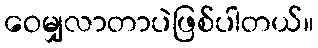
ဝေမျှလာတာပဲဖြစ်ပါတယ်။